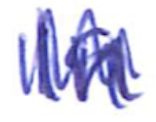
Text: In
Cross-out: zig-zag
Writing tool: ballpoint